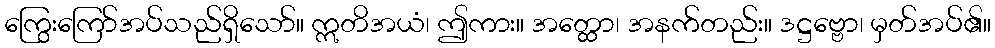
ကြွေးကြော်အပ်သည်ရှိသော်။ ဣတိအယံ၊ ဤကား။ အတ္ထော၊ အနက်တည်း။ ဒဋ္ဌဗ္ဗော၊ မှတ်အပ်၏။